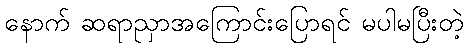
နောက် ဆရာညှာအကြောင်းပြောရင် မပါမပြီးတဲ့